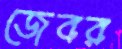
জেবর